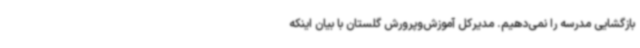
بازگشایی مدرسه را نمی‌دهیم. مدیرکل آموزش‌وپرورش گلستان با بیان اینکه